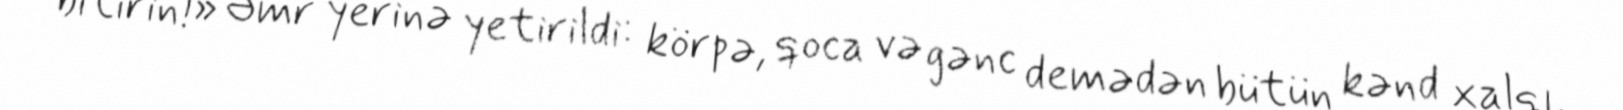
bitirin!» Əmr yerinə yetirildi: körpə, qoca və gənc demədən bütün kənd xalqı,